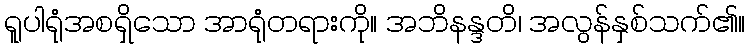
ရူပါရုံအစရှိသော အာရုံတရားကို။ အဘိနန္ဒတိ၊ အလွန်နှစ်သက်၏။